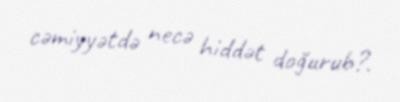
cəmiyyətdə necə hiddət doğurub?.